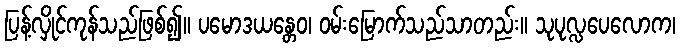
ပြန့်လှိုင်ကုန်သည်ဖြစ်၍။ ပမောဒယန္တေဝ၊ ဝမ်းမြောက်သည်သာတည်း။ သုပုလ္လပေလောက၊